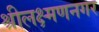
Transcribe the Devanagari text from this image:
श्रीलक्ष्मणनगर